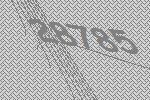
28785